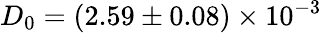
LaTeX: D_{0}=(2.59\pm 0.08)\times 10^{-3}